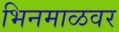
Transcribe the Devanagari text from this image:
भिनमाळवर